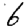
Digit: 6